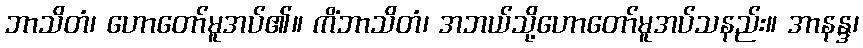
ဘာသိတံ၊ ဟောတော်မူအပ်၏။ ကိံဘာသိတံ၊ အဘယ်သို့ဟောတော်မူအပ်သနည်း။ အာနန္ဒ၊